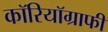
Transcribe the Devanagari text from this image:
कॉरियॉग्राफी